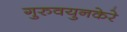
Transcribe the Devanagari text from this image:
गुरुवयुनकेरे